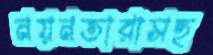
নয়নতারাসহ